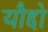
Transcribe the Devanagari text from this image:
यौद्दो